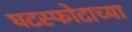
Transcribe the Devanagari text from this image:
घटस्फोटाच्या